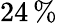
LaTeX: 24\, \%